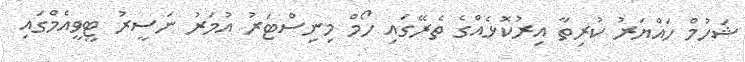
ޝަހުމް ހައްޔަރު ކުރިތާ އިރުކޮޅެއްގެ ތެރޭގައި ހޯމް މިނިސްޓަރު އުމަރު ނަސީރު ޓީވީއެމްގައި